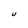
Character: U